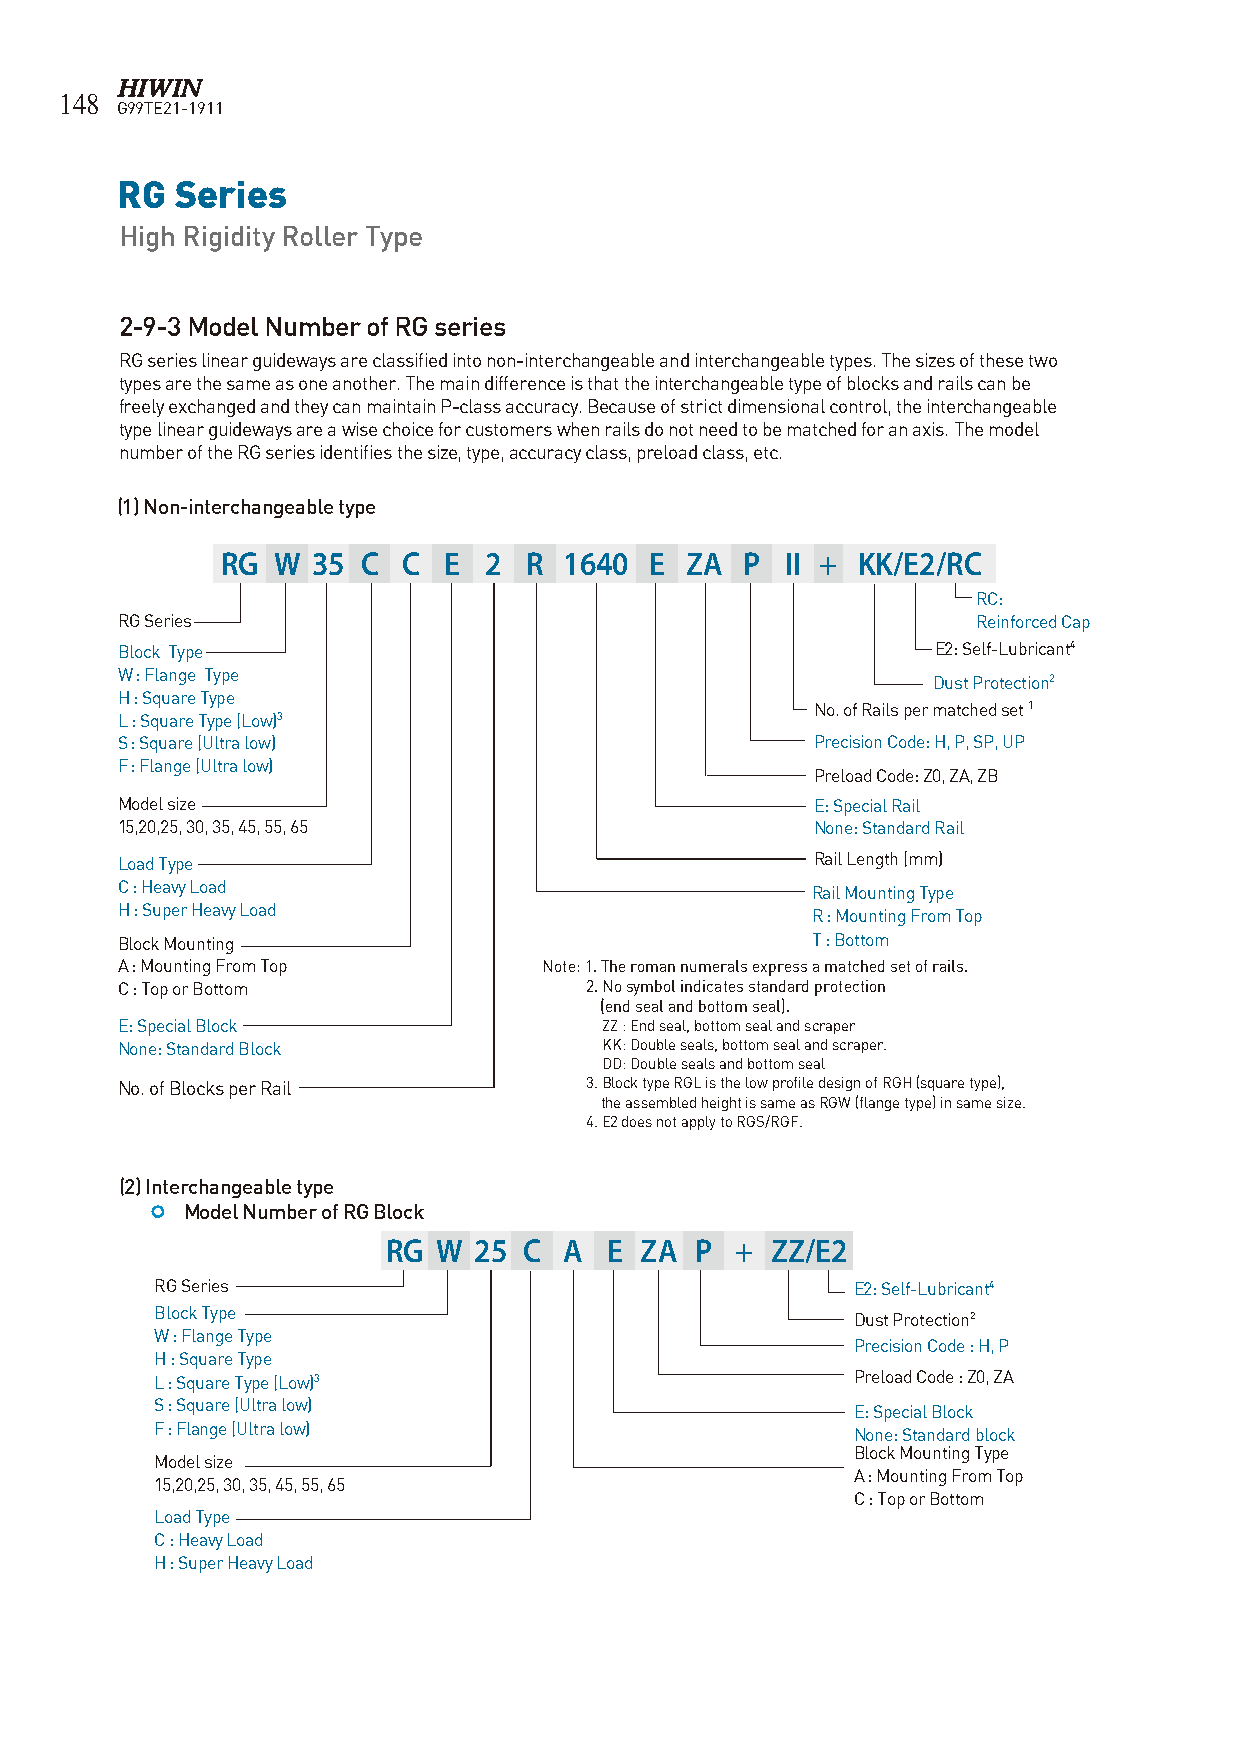
148
 G99TE21-1911
 RG  Series
 High Rigidity Roller Type
 2-9-3 Model Number of RG series
 RG series linear guideways are classified into non-interchangeable and interchangeable types. The sizes of these two
 types are the same as one another. The main difference is that the interchangeable type of blocks and rails can be
 freely exchanged and they can maintain P-class accuracy. Because of strict dimensional control, the interchangeable
 type linear guideways are a wise choice for customers when rails do not need to be matched for an axis. The model
 number of the RG series identifies the size, type, accuracy class, preload class, etc.
 (1) Non-interchangeable type
 RG W  35 C  C E  2  R 1640  E ZA  P  II + KK/E2/RC
 RC:
 RG Series                                                Reinforced Cap
 Block Type                                            E2: Self-Lubricant4
 W : Flange Type
 Dust Protection2
 H : Square Type
 No. of Rails per matched set 1
 L : Square Type (Low)3
 S : Square (Ultra low)                        Precision Code: H, P, SP, UP
 F : Flange (Ultra low)
 Preload Code: Z0, ZA, ZB
 Model size                                    E: Special Rail
 15,20,25, 30, 35, 45, 55, 65                  None: Standard Rail
 Load Type                                     Rail Length (mm)
 C : Heavy Load
 Rail Mounting Type
 H : Super Heavy Load
 R : Mounting From Top
 Block Mounting                                T : Bottom
 A : Mounting From Top       Note: 1. The roman numerals express a matched set of rails.
 C : Top or Bottom              2. No symbol indicates standard protection
 (end seal and bottom seal).
 E: Special Block                ZZ : End seal, bottom seal and scraper
 None: Standard Block            KK: Double seals, bottom seal and scraper.
 DD: Double seals and bottom seal
 No. of Blocks per Rail         3. Block type RGL is the low profile design of RGH (square type),
 the assembled height is same as RGW (flange type) in same size.
 4. E2 does not apply to RGS/RGF.
 (2) Interchangeable type
  Model Number of RG Block
 RG W 25  C A  E ZA  P  + ZZ/E2
 RG Series                                     E2: Self-Lubricant4
 Block Type                                    Dust Protection2
 W : Flange Type
 Precision Code : H, P
 H : Square Type
 L : Square Type (Low)3                        Preload Code : Z0, ZA
 S : Square (Ultra low)
 E: Special Block
 F : Flange (Ultra low)                        None: Standard block
 Block Mounting Type
 Model size
 A : Mounting From Top
 15,20,25, 30, 35, 45, 55, 65
 C : Top or Bottom
 Load Type
 C : Heavy Load
 H : Super Heavy Load